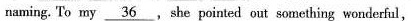
naming. To my \underline{36}, she pointed out something wonderful,